Annual administration and progress report of the Indian Medical Department, Bombay
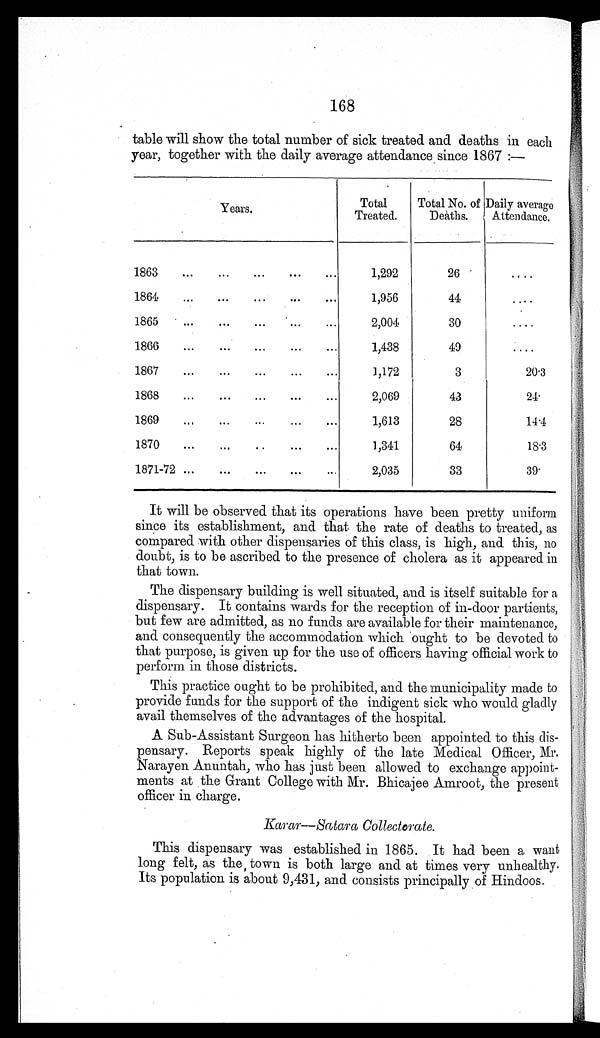
168
table will show the total number of sick treated and deaths in each
year, together with the daily average attendance since 1867 :—
Years .
Total
Treated.
Total No. of
Deaths.
Daily average
Attendance.
1863
1,292
26
. . .
1864
1,956
44
. . .
1865
2,004
30
...
1866
1,438
49
. . .
1867
1,172
3
20.3
1868
2,069
43
24.
1869
1,613
28
14.4
1870
1,341
64
18.3
1871-72
2,035
33
39.
It will be observed that its operations have been pretty uniform
since its establishment, and that the rate of deaths to treated, as
compared with other dispensaries of this class, is high, and this, no
doubt, is to be ascribed to the presence of cholera as it appeared in
that town.
The dispensary building is well situated, and is itself suitable for a
dispensary. It contains wards for the reception of in-door partients,
but few are admitted, as no funds are available for their maintenance,
and consequently the accommodation which ought to be devoted to
that purpose, is given up for the use of officers having official work to
perform in those districts.
This practice ought to be prohibited, and the municipality made to
provide funds for the support of the indigent sick who would gladly
avail themselves of the advantages of the hospital.
A Sub-Assistant Surgeon has hitherto been appointed to this dis-
pensary. Reports speak highly of the late Medical Officer, Mr.
Narayen Anuntah, who has just been allowed to exchange appoint-
ments at the Grant College with Mr. Bhicajee Amroot, the present
officer in charge.
Karar—Satara Collectorate.
This dispensary was established in 1865. It had been a want
long felt, as the , town is both large and at times very unhealthy.
Its population is about 9,431, and consists principally of Hindoos.